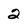
Character: 2